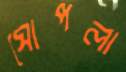
ঘোপলা